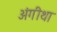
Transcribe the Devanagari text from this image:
अंगीथा